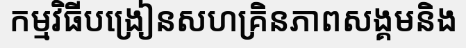
កម្មវិធីបង្រៀនសហគ្រិនភាពសង្គមនិង